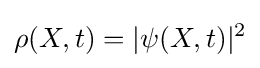
\rho (X,t)=|\psi (X,t)|^{2}